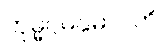
ကုမ္မဂ္ဂမနုဓာဝတိ